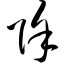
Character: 除